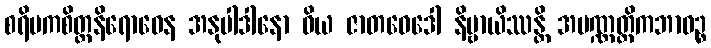
စရိမကစိတ္တနိရောဓေန အနုပါဒါနော ဝိယ ဇာတဝေဒေါ နိဗ္ဗာယိဿန္တိ အပဏ္ဏတ္တိကဘာဝဉ္စ